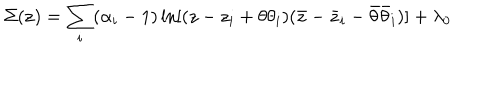
\Sigma ( { \bf z } ) = \sum _ { i } ( \alpha _ { i } - 1 ) \ln [ ( z - z _ { i } + \theta \theta _ { i } ) ( \bar { z } - \bar { z } _ { i } - \bar { \theta } \bar { \theta } _ { i } ) ] + \lambda _ { 0 }